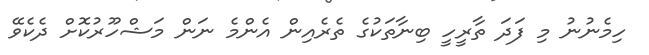
ހިމެނުނު މި ފަދަ ތާރީހީ ބިނާތަކުގެ ތެރެއިން އެންމެ ނަން މަޝްހޫރުކޮށް ދެކެވޭ